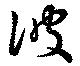
彼